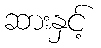
ဆားနှင့်